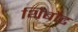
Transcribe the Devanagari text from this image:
थिबौट